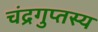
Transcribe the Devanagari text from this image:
चंद्रगुप्तस्य